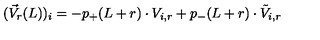
( \vec { V } _ { r } ( L ) ) _ { i } = - p _ { + } ( L + r ) \cdot V _ { i , r } + p _ { - } ( L + r ) \cdot \tilde { V } _ { i , r }